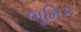
ભૂમિક